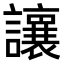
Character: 𫟝